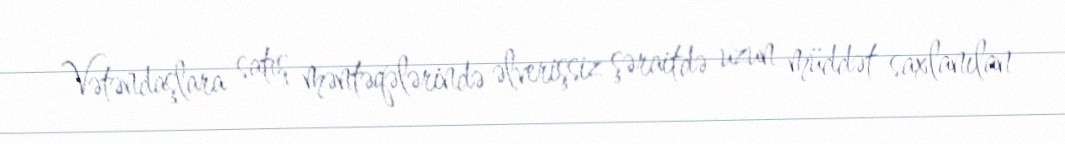
Vətəndaşlara satış məntəqələrində əlverişsiz şəraitdə uzun müddət saxlanılan